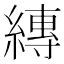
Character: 縳